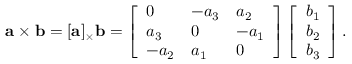
\mathbf { a } \times \mathbf { b } = [ \mathbf { a } ] _ { \times } \mathbf { b } = \left[ \begin{array} { l l l } { 0 } & { - a _ { 3 } } & { a _ { 2 } } \\ { a _ { 3 } } & { 0 } & { - a _ { 1 } } \\ { - a _ { 2 } } & { a _ { 1 } } & { 0 } \end{array} \right] \left[ \begin{array} { l } { b _ { 1 } } \\ { b _ { 2 } } \\ { b _ { 3 } } \end{array} \right] .